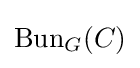
\operatorname {Bun} _{G}(C)